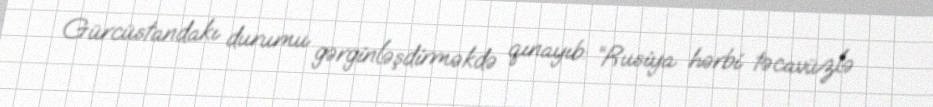
Gürcüstandakı durumu gərginləşdirməkdə qınayıb: “Rusiya hərbi təcavüzlə